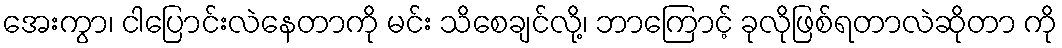
အေးကွာ၊ ငါပြောင်းလဲနေတာကို မင်း သိစေချင်လို့၊ ဘာကြောင့် ခုလိုဖြစ်ရတာလဲဆိုတာ ကို